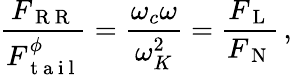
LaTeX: \frac{F_{\mathrm{~R~R~}}}{F_{\mathrm{~t~a~i~l~}}^{\phi}}=\frac{\omega_{c}\omega}{\omega_{K}^{2}}=\frac{F_{\mathrm{~L~}}}{F_{\mathrm{~N~}}}\, ,